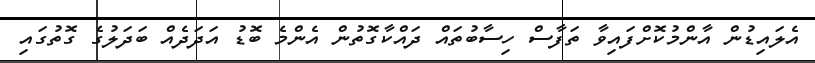
އެލައިޑުން އާންމުކޮށްފައިވާ ތަފާސް ހިސާބުތައް ދައްކާގޮތުން އެންމެ ބޮޑު އަދަދެއް ބަދަލުގެ ގޮތުގައި